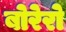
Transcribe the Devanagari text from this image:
बोरेरो